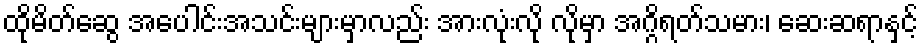
ထိုမိတ်ဆွေ အပေါင်းအသင်းများမှာလည်း အားလုံးလို လိုမှာ အဂ္ဂိရတ်သမား၊ ဆေးဆရာနှင့်